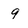
Character: 9